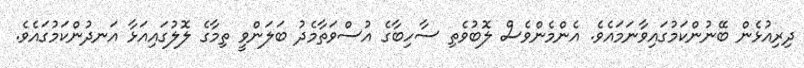
ދިރިއުޅެން ބޭނުންކަމުގައިވާނަމައެވެ. އެންމެންވެސް ލޮބުވެތި ސާހިބާގެ އުސްވަތާމެދު ބަލަންވީ ތިމާގެ ލޮލުގައިއަޅާ އަނދުންކަމުގައެވެ.